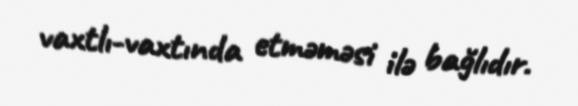
vaxtlı-vaxtında etməməsi ilə bağlıdır.